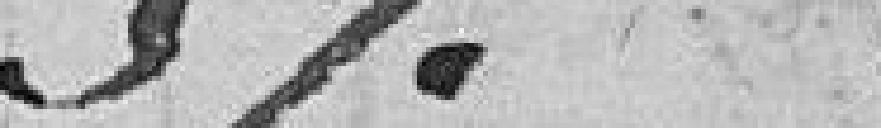
57.